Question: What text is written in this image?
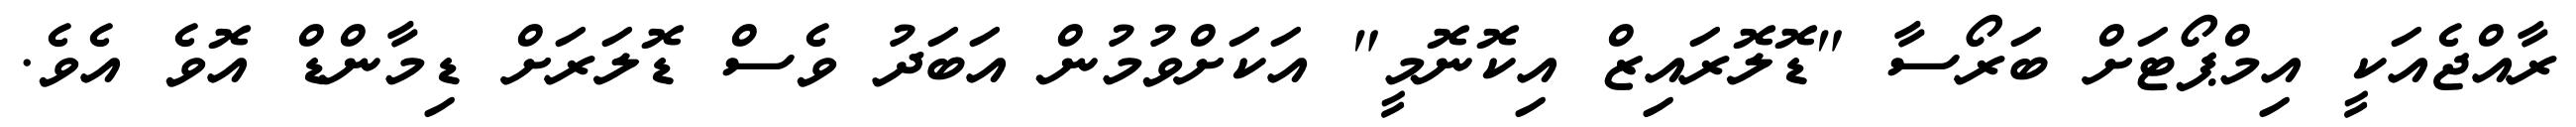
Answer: ރާއްޖެއަކީ އިމްޕޯޓަށް ބަރޯސާ "ޑޮލޮރައިޒް އިކޮނޮމީ" އަކަށްވުމުން އަބަދު ވެސް ޑޮލަރަށް ޑިމާންޑް އޮވެ އެވެ.